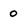
Character: 0